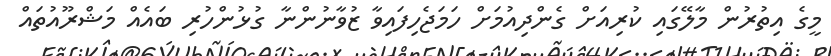
މީގެ އިތުރުން މާލޭގައި ކުރިއަށް ގެންދިއުމަށް ހަމަޖެހިފައިވާ ޒުވާނުންނާ ގުޅުންހުރި ބައެއް މަޝްރޫއުތައް